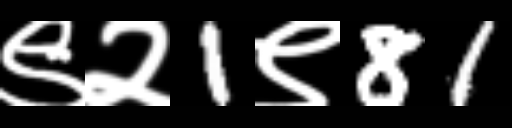
Text: ९२1९81